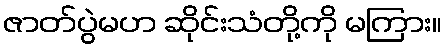
ဇာတ်ပွဲမဟ ဆိုင်းသံတို့ကို မကြား။